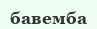
бавемба